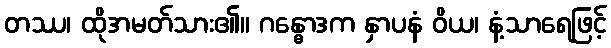
တဿ၊ ထိုအမတ်သား၏။ ဂန္ဓောဒက နှာပနံ ဝိယ၊ နံ့သာရေဖြင့်